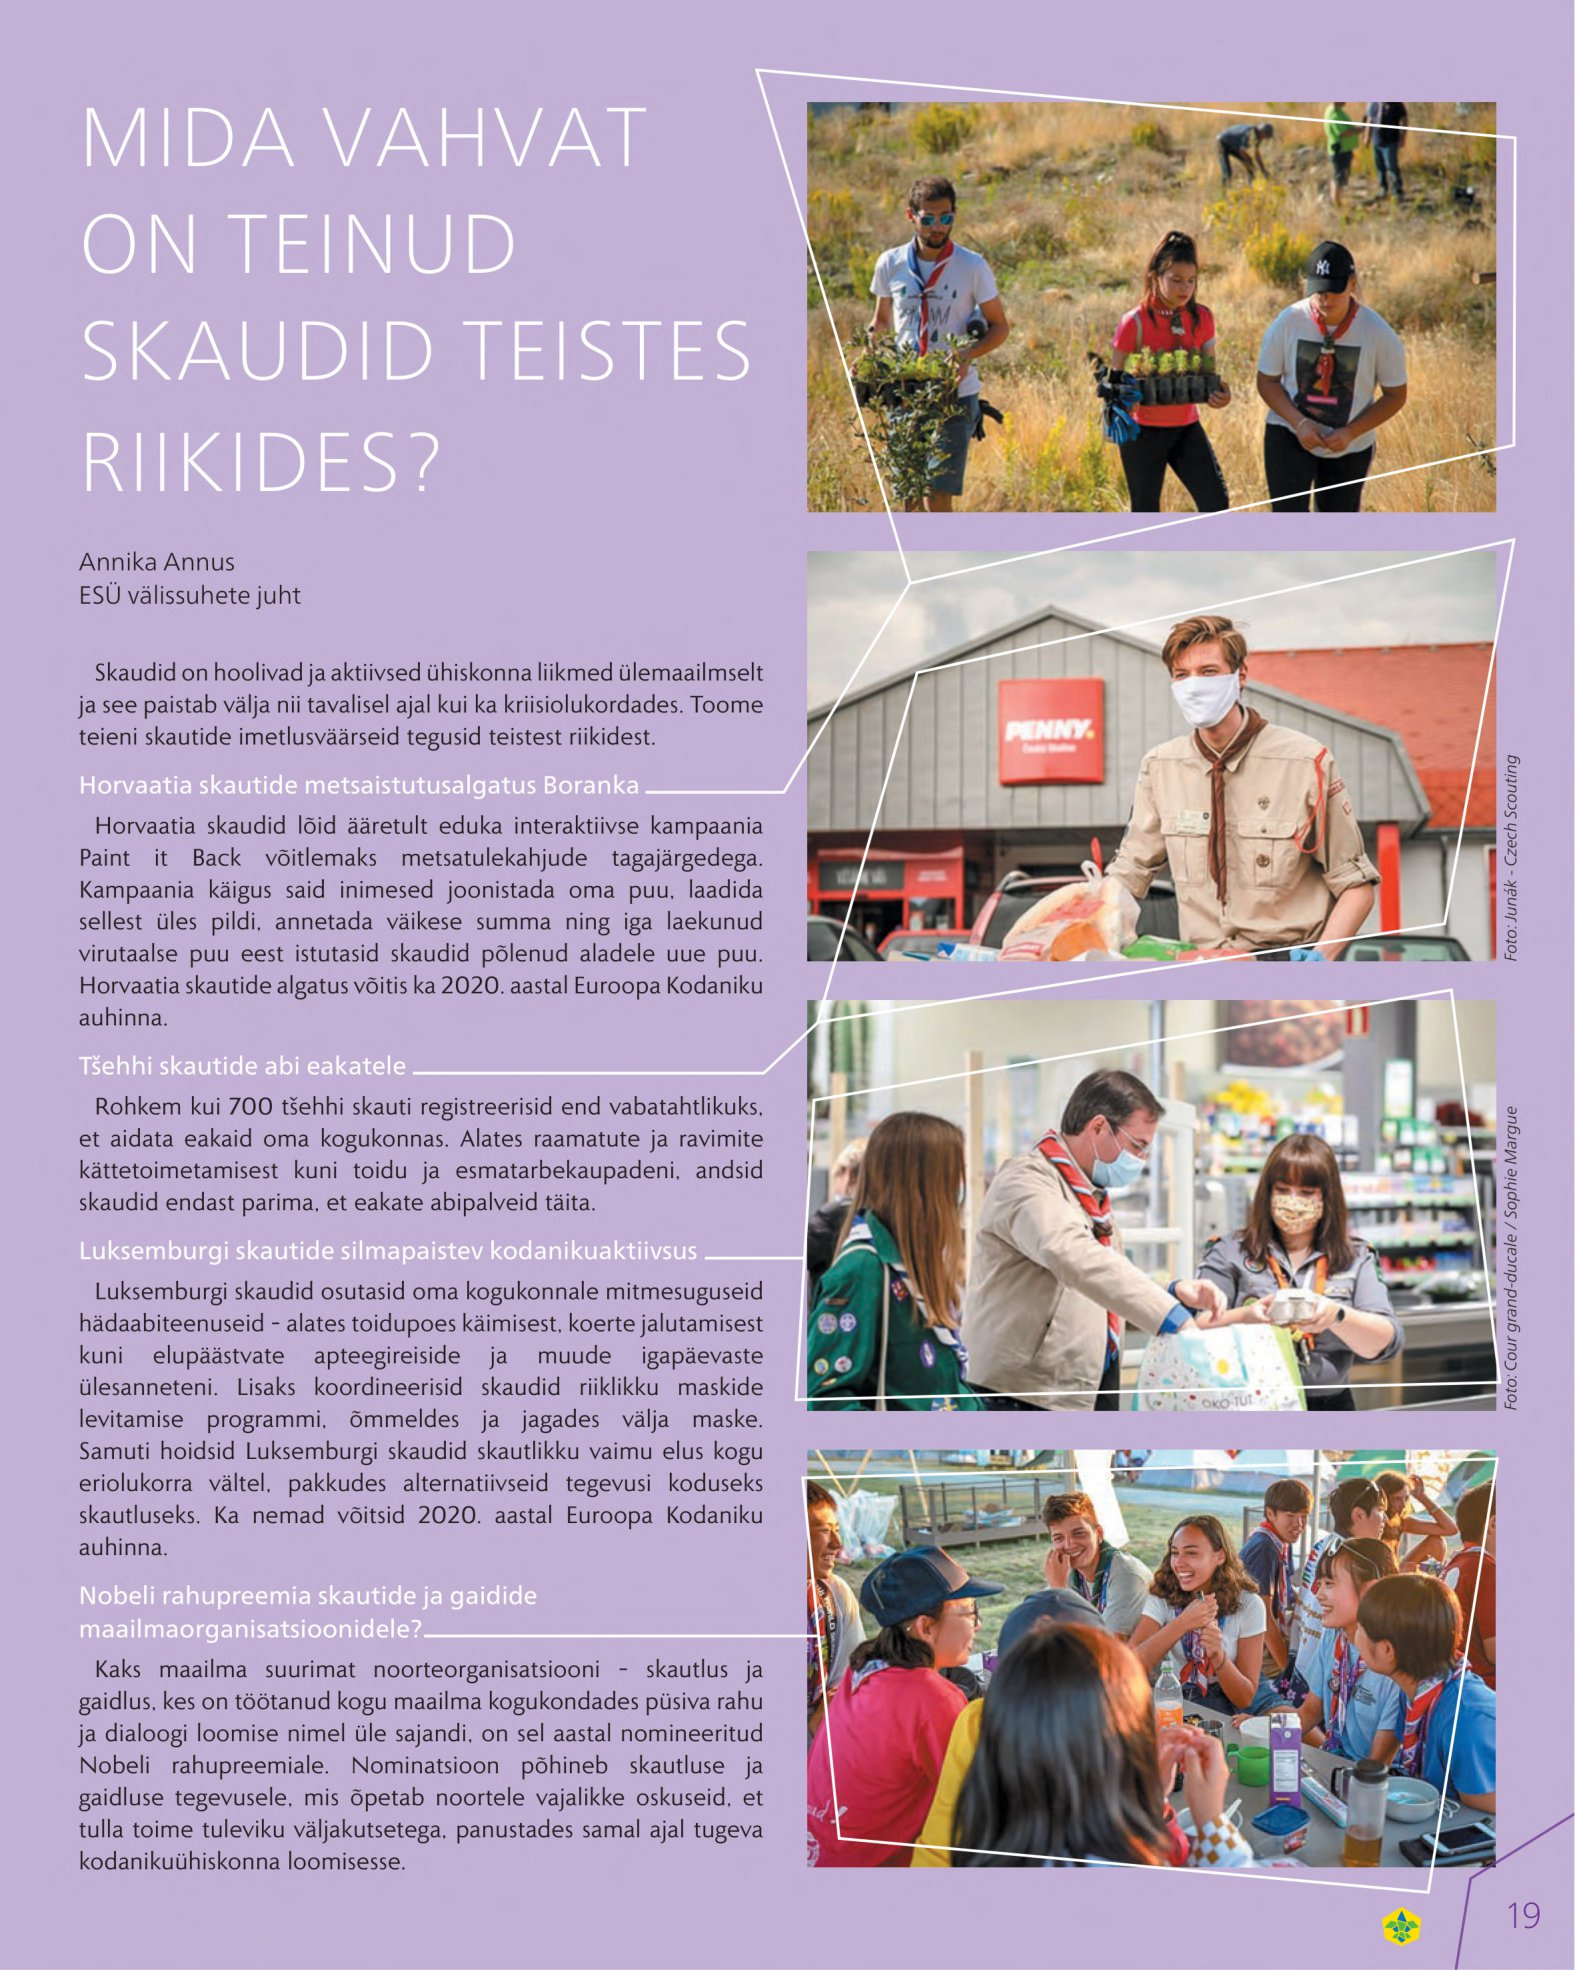
Language: et